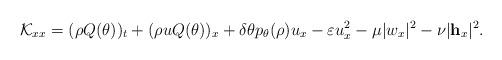
LaTeX: \begin{align*}\mathcal{K}_{xx}=(\rho Q(\theta))_t+(\rho u Q(\theta))_x+\delta\theta p_\theta(\rho) u_x-\varepsilon u_x^2 - \mu |w_x|^2 - \nu |\mathbf{h}_x|^2.\end{align*}